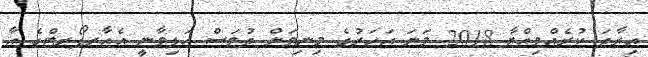
އިރާދަ ކުރެއްވިއްޔާ 2018 ވަނަ އަހަރުގެ މިނިވަން ދުވަސް އަލިވާނީ އެއާރޕޯރޓްގެ އާ